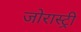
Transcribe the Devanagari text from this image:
जोरास्ट्री